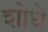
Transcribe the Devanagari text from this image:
शोधे